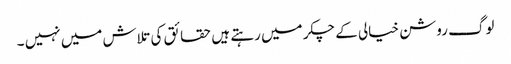
لوگ روشن خیالی کے چکر میں رہتے ہیں حقائق کی تلاش میں نہیں ۔